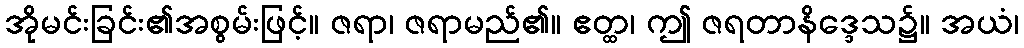
အိုမင်းခြင်း၏အစွမ်းဖြင့်။ ဇရာ၊ ဇရာမည်၏။ ဧတ္ထ၊ ဤ ဇရတာနိဒ္ဒေသ၌။ အယံ၊